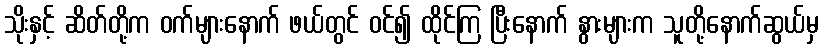
သိုးနှင့် ဆိတ်တို့က ဝက်များနောက် ဖယ်တွင် ဝင်၍ ထိုင်ကြ ပြီးနောက် နွားများက သူတို့နောက်ဆွယ်မှ